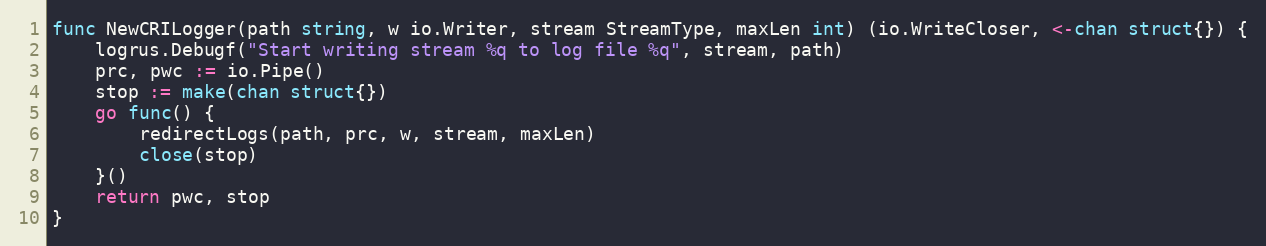
Language: Go
func NewCRILogger(path string, w io.Writer, stream StreamType, maxLen int) (io.WriteCloser, <-chan struct{}) {
	logrus.Debugf("Start writing stream %q to log file %q", stream, path)
	prc, pwc := io.Pipe()
	stop := make(chan struct{})
	go func() {
		redirectLogs(path, prc, w, stream, maxLen)
		close(stop)
	}()
	return pwc, stop
}